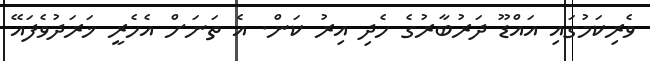
ވެރިކަމުގައި އައްޑޫ ދަރުބާރުގެ ހެދި އިރު ކަން. އެ ތަނަށް އެހެރީ ޚަރަދުވެފައޭ